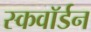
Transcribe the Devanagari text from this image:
स्कवाॅर्डन